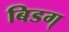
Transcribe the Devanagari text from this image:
बिडग्